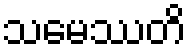
သမေဿတိ